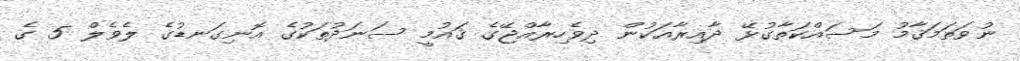
ނުވަތަމަޤާމު މަސައްކަތާގުޅޭ ދާއިރާއަކުން ދިވެހިރާއްޖޭގެ ޤައުމީ ސަނަދުތަކުގެ އޮނިގަނޑުގެ ލެވެލް 5 ގެ